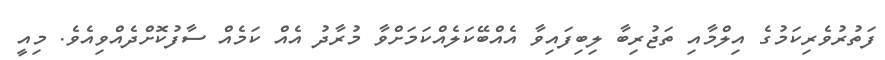
ފަތުރުވެރިކަމުގެ އިލްމާއި ތަޖުރިބާ ލިބިފައިވާ އެއްބޭކަލެއްކަމަށްވާ މުރާދު އެއް ކަމެއް ސާފުކޮށްދެއްވިއެވެ. މިއީ